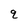
Character: q